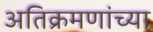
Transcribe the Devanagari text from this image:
अतिक्रमणांच्या